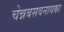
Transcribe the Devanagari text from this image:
चेन्नबसवनायका